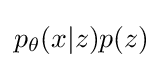
p_{\theta }(x|z)p(z)